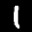
Label: 1